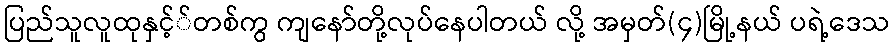
ပြည်သူလူထုနှင့််တစ်ကွ ကျနော်တို့လုပ်နေပါတယ် လို့ အမှတ်(၄)မြို့နယ် ပရဲ့ဒေသ